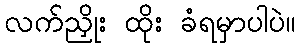
လက်ညှိုး ထိုး ခံရမှာပါပဲ။